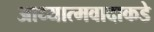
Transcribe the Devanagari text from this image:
आध्यात्मवादाकडे